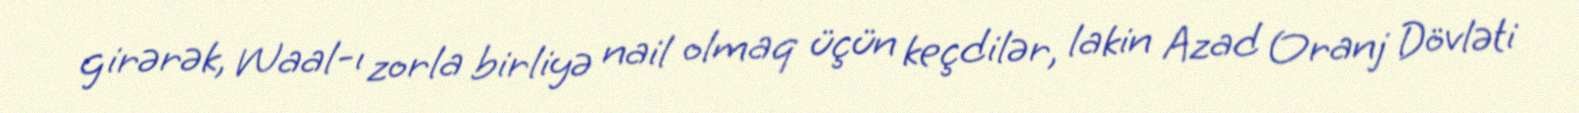
girərək, Waal-ı zorla birliyə nail olmaq üçün keçdilər, lakin Azad Oranj Dövləti